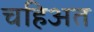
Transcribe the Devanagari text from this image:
चहिअत